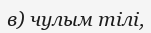
в) чулым тілі,